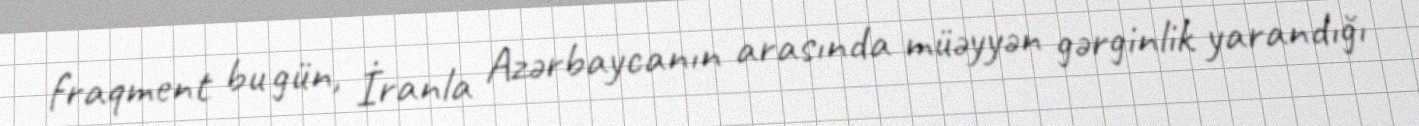
fraqment bu gün, İranla Azərbaycanın arasında müəyyən gərginlik yarandığı